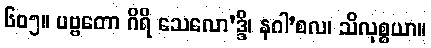
၆၀၅။ ပဗ္ဗတော ဂိရိ သေလော’ဒ္ဒိ၊ နဂါ’စလ၊ သိလုစ္စယာ။